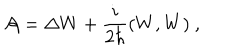
{ \cal A } = \Delta W + \frac { i } { 2 \hbar } ( W , W ) \ ,